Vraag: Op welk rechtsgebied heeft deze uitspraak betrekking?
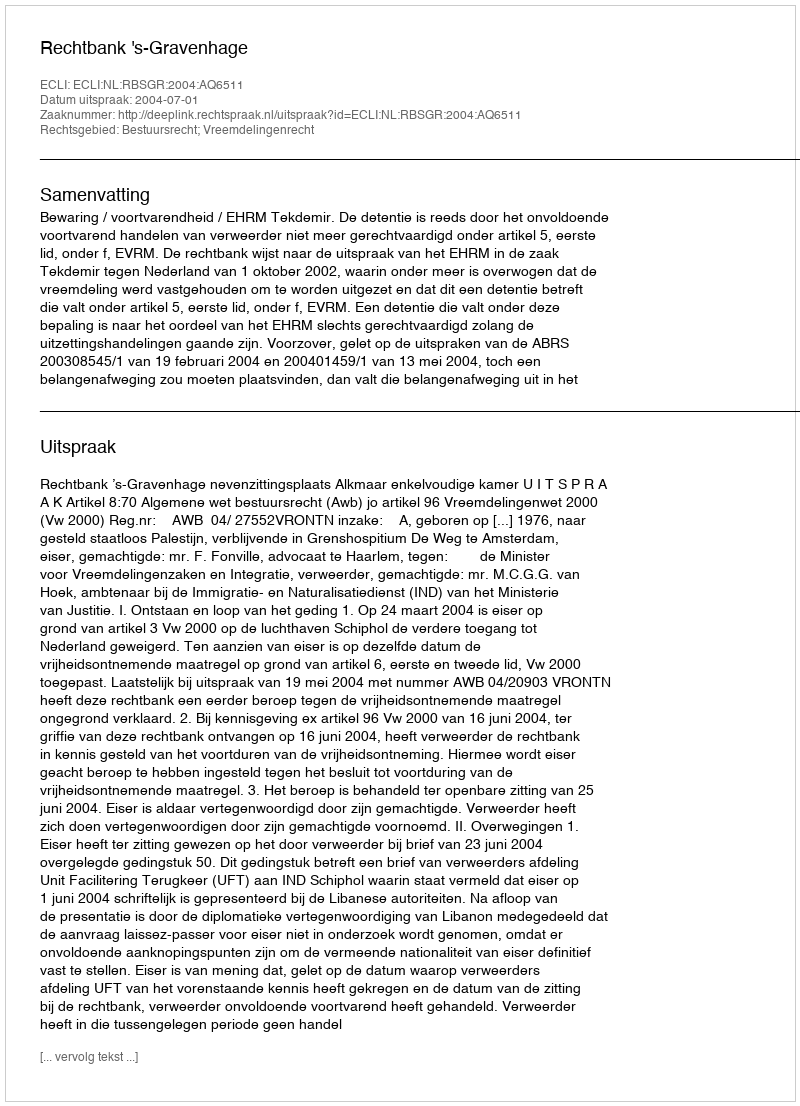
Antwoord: Bestuursrecht; Vreemdelingenrecht